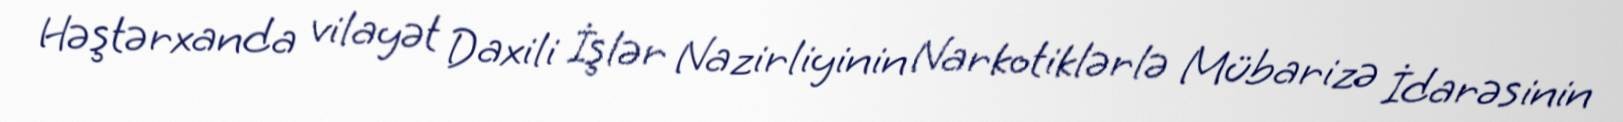
Həştərxanda vilayət Daxili İşlər Nazirliyinin Narkotiklərlə Mübarizə İdarəsinin